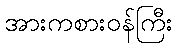
အားကစားဝန်ကြီး